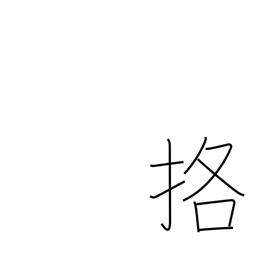
Meaning: fight